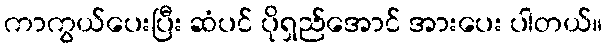
ကာကွယ်ပေးပြီး ဆံပင် ပိုရှည်အောင် အားပေး ပါတယ်။